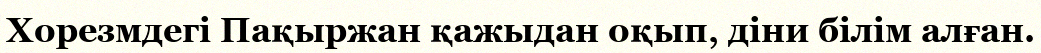
Хорезмдегі Пақыржан қажыдан оқып, діни білім алған.